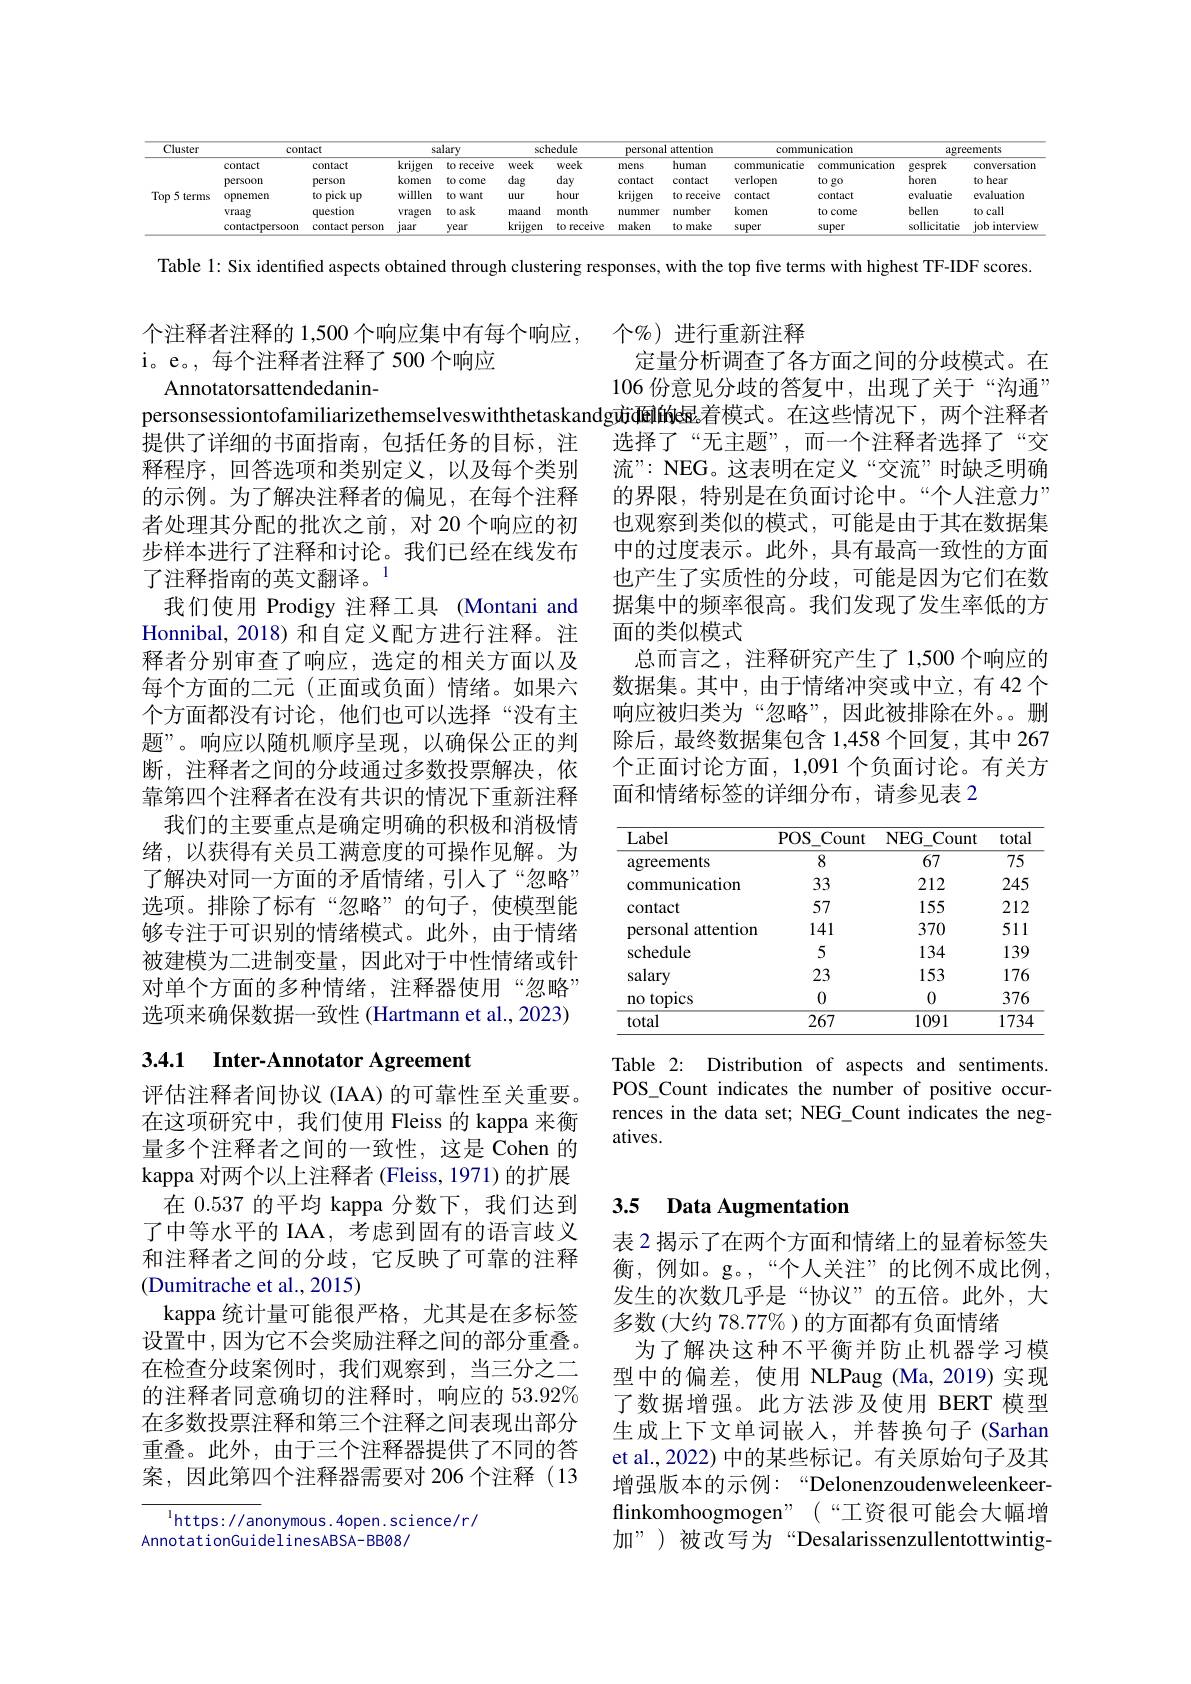
<table>
	<tbody>
		<tr>
			<th rowspan="1">Cluster</th>
			<th colspan="2">contact</th>
			<th colspan="2">salary</th>
			<th rowspan="1">schedule</th>
			<th colspan="2">personal attention 1</th>
			<th colspan="2">communicatiom</th>
			<th colspan="2">agreements</th>
		</tr>
		<tr>
			<th rowspan="5">Top 5 terms</th>
			<th>contact</th>
			<th>contact</th>
			<th>krijgen</th>
			<th>to receive</th>
			<th>Week</th>
			<th>mens</th>
			<th>human</th>
			<th>communicatie</th>
			<th>communicatiom</th>
			<th>gesprek</th>
			<th>conversatior</th>
		</tr>
		<tr>
			<td>persoon</td>
			<td>person</td>
			<td>komen</td>
			<td>to come</td>
			<td>dag</td>
			<td>contact</td>
			<td>contact</td>
			<td>verlopen</td>
			<td>to go</td>
			<td>horen</td>
			<td>to hear</td>
		</tr>
		<tr>
			<td>opnemen</td>
			<td>pick to :up</td>
			<td>willlen</td>
			<td>to DWant</td>
			<td>I uur</td>
			<td>krijgen</td>
			<td>to receive</td>
			<td>contact</td>
			<td>contact</td>
			<td>evaluatie</td>
			<td>evaluation</td>
		</tr>
		<tr>
			<td>vraag</td>
			<td>question</td>
			<td>Vragen</td>
			<td>to ask</td>
			<td>maand I</td>
			<td>nummer</td>
			<td>number</td>
			<td>komen</td>
			<td>to come</td>
			<td>bellen</td>
			<td>to call</td>
		</tr>
		<tr>
			<td>contactpersoon</td>
			<td>contact person</td>
			<td>jaar</td>
			<td>year</td>
			<td>krijgen T</td>
			<td>maken</td>
			<td>to make</td>
			<td>super</td>
			<td>super</td>
			<td>sollicitatie</td>
			<td>job interview</td>
		</tr>
	</tbody>
</table>

Table 1: Six identified aspects obtained through clustering responses, with the top five terms with highest TF-IDF scores.

个注释者注释的 1,500 个响应集中有每个响应，个%)进行重新注释
i。e。,每个注释者注释了500个响应
定量分析调查了各方面之间的分歧模式。在
Annotatorsattendedanin-
106 份意见分歧的答复中，出现了关于“沟通”
personsessiontofamiliarizethemselveswiththetaskandg成硒的e显着模式。在这些情况下，两个注释者
选择了“无主题”,而一个注释者选择了“交
提供了详细的书面指南，包括任务的目标，注

流”: NEG。这表明在定义“交流”时缺乏明确的界限，特别是在负面讨论中。“个人注意力” 也观察到类似的模式，可能是由于其在数据集中的过度表示。此外，具有最高一致性的方面也产生了实质性的分歧，可能是因为它们在数据集中的频率很高。我们发现了发生率低的方面的类似模式
总而言之，注释研究产生了1，500个响应的数据集。其中，由于情绪冲突或中立，有 42 个响应被归类为“忽略”,因此被排除在外。删除后，最终数据集包含 1,458 个回复，其中 267个正面讨论方面，1,091 个负面讨论。有关方面和情绪标签的详细分布，请参见表 2

释程序，回答选项和类别定义，以及每个类别的示例。为了解决注释者的偏见，在每个注释者处理其分配的批次之前，对 20 个响应的初步样本进行了注释和讨论。我们已经在线发布了注释指南的英文翻译。1
我们使用 Prodigy 注释工具 (Montani and Honnibal, 2018) 和自定义配方进行注释。注释者分别审查了响应，选定的相关方面以及每个方面的二元(正面或负面)情绪。如果六个方面都没有讨论，他们也可以选择“没有主题”。响应以随机顺序呈现，以确保公正的判断，注释者之间的分歧通过多数投票解决，依靠第四个注释者在没有共识的情况下重新注释
我们的主要重点是确定明确的积极和消极情绪，以获得有关员工满意度的可操作见解。为了解决对同一方面的矛盾情绪，引入了“忽略” 选项。排除了标有“忽略”的句子，使模型能够专注于可识别的情绪模式。此外，由于情绪被建模为二进制变量，因此对于中性情绪或针对单个方面的多种情绪，注释器使用“忽略” 选项来确保数据一致性(Hartmann et al., 2023)

<table>
	<tbody>
		<tr>
			<th>Label</th>
			<th>$POS$ Count </th>
			<th>$NEG.$ $\mathrm{L}_{-}$Count</th>
			<th>total</th>
		</tr>
		<tr>
			<td>agreements</td>
			<td>8</td>
			<td>67</td>
			<td>$\overline{75}$</td>
		</tr>
		<tr>
			<td>communication</td>
			<td>33</td>
			<td>212</td>
			<td>245</td>
		</tr>
		<tr>
			<td>contact</td>
			<td>57</td>
			<td>155</td>
			<td>212</td>
		</tr>
		<tr>
			<td>attention personal</td>
			<td>141</td>
			<td>370</td>
			<td>511</td>
		</tr>
		<tr>
			<td>schedule</td>
			<td>5</td>
			<td>134</td>
			<td>139</td>
		</tr>
		<tr>
			<td>salary</td>
			<td>23</td>
			<td>153</td>
			<td>176</td>
		</tr>
		<tr>
			<td>topics not</td>
			<td>0</td>
			<td></td>
			<td>376</td>
		</tr>
		<tr>
			<td>total</td>
			<td>267</td>
			<td>1091</td>
			<td>1734</td>
		</tr>
	</tbody>
</table>

# 3.4.1 Inter-Annotator Agreement

Table 2: Distribution of aspects and sentiments. POS\_Count indicates the number of positive occurrences in the data set; NEG\_Count indicates the negatives.

# 3.5 Data Augmentation

评估注释者间协议 (IAA) 的可靠性至关重要在这项研究中，我们使用 Fleiss 的 kappa 来衡量多个注释者之间的一致性，这是 Cohen 的kappa 对两个以上注释者(Fleiss, 1971) 的扩展
在 0.537 的平均 kappa 分数下，我们达到了中等水平的 IAA, 考虑到固有的语言歧义和注释者之间的分歧，它反映了可靠的注释(Dumitrache et al., 2015)
kappa 统计量可能很严格，尤其是在多标签设置中，因为它不会奖励注释之间的部分重叠。在检查分歧案例时，我们观察到，当三分之二的注释者同意确切的注释时，响应的 53.92% 在多数投票注释和第三个注释之间表现出部分重叠。此外，由于三个注释器提供了不同的答案，因此第四个注释器需要对 206 个注释(13

表 2 揭示了在两个方面和情绪上的显着标签失衡，例如。g。,“个人关注”的比例不成比例， 发生的次数几乎是“协议”的五倍。此外，大多数(大约 78.77%)的方面都有负面情绪
为了解决这种不平衡并防止机器学习模型中的偏差，使用 NLPaug (Ma,2019)实现了数据增强。此方法涉及使用 BERT 模型生成上下文单词嵌人，并替换句子(Sarhan et al., 2022) 中的某些标记。有关原始句子及其增强版本的示例：“Delonenzoudenweleenkeerflinkomhoogmogen" (“工资很可能会大幅增加”)被改写为“Desalarissenzullentottwintig-

$^{\mathrm{l}}$https://anonymous.4open.science/r/
AnnotationGuidelinesABSA-BB08/